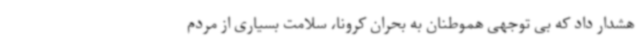
هشدار داد که بی توجهی هموطنان به بحران کرونا، سلامت بسیاری از مردم